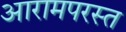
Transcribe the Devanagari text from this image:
आरामपरस्त